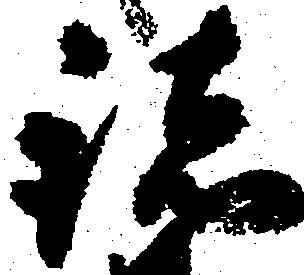
諸